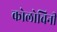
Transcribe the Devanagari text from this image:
कोलोचिनी